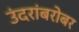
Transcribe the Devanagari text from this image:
उंदरांबरोबर